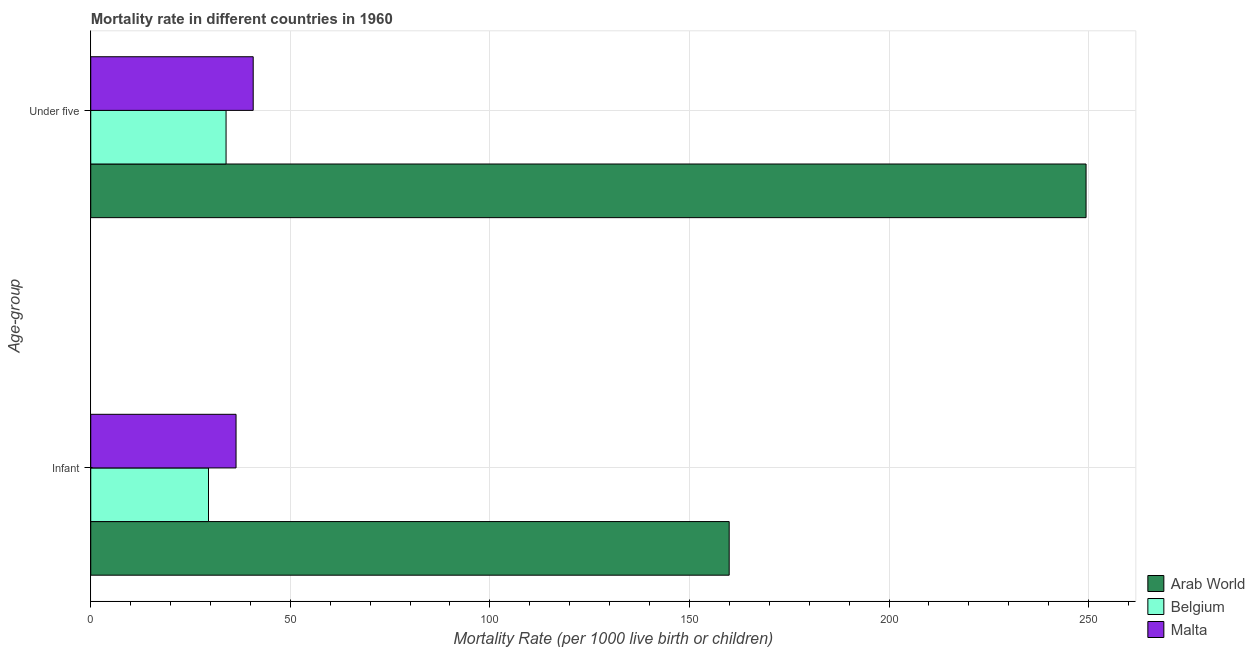
| Age-group | Arab World | Belgium | Malta |
 | --- | --- | --- | --- |
 | Infant | 160 | 29.5 | 36.4 |
 | Under five | 249 | 33.9 | 40.7 |